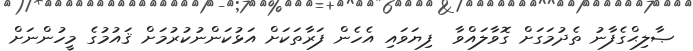
ޞާލިޙްގެފާނު ތެދުމަގަށް ގޮވާލައްވާ  ފިޔަވައި އެހެން ފަރާތަކަށް އަޅުކަންނުކުރުމަށް ޤައުމުގެ މީހުންނަށް